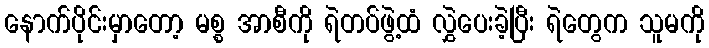
နောက်ပိုင်းမှာတော့ မစ္စ အာစီကို ရဲတပ်ဖွဲ့ထံ လွှဲပေးခဲ့ပြီး ရဲတွေက သူမကို